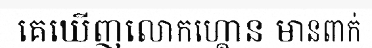
គេឃើញលោកហ្គោន មានពាក់